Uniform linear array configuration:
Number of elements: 12
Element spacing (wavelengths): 0.75
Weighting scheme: binomial
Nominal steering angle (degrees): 60
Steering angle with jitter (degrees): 60.801
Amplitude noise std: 0.05
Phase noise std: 0.05

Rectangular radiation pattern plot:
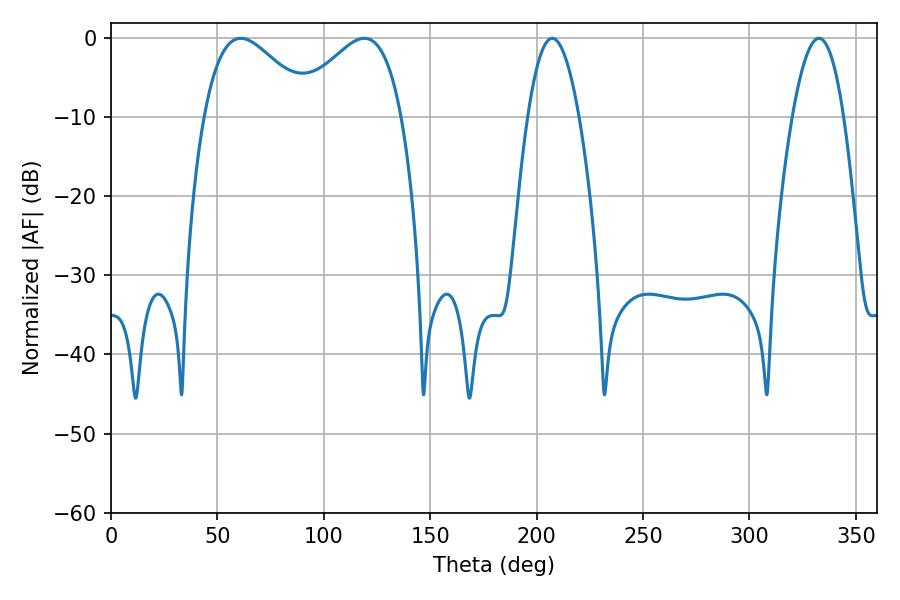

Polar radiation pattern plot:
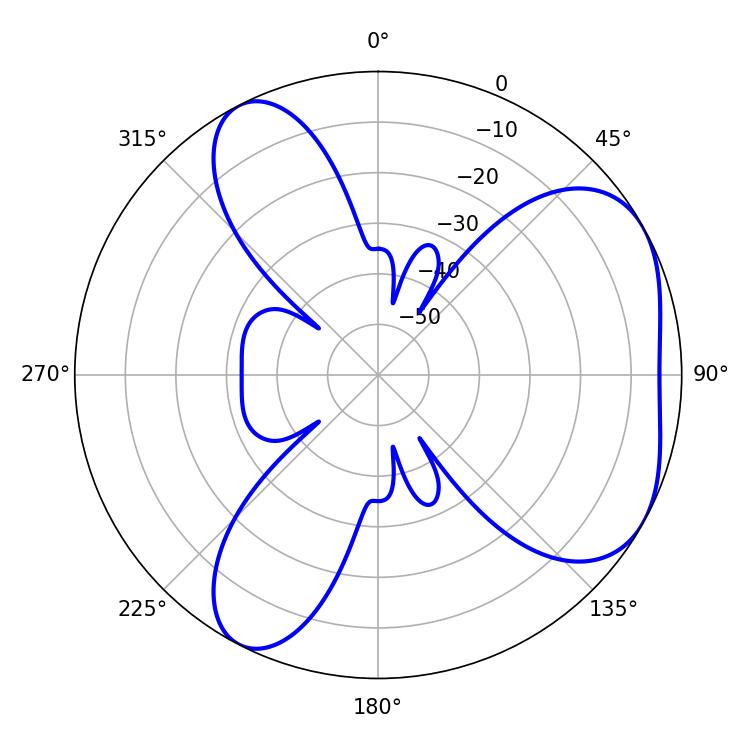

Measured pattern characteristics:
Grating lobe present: TRUE
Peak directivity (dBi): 4.747
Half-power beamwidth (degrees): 27.36
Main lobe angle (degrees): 61.02